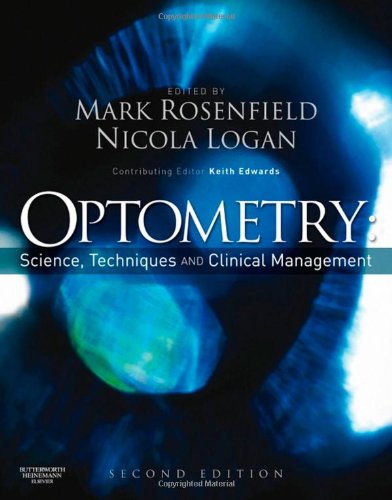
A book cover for Optometry: Science, Techniques and Clinical Management, 2e; Mark Rosenfield MCOptom  PhD  FAAO; Medical Books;